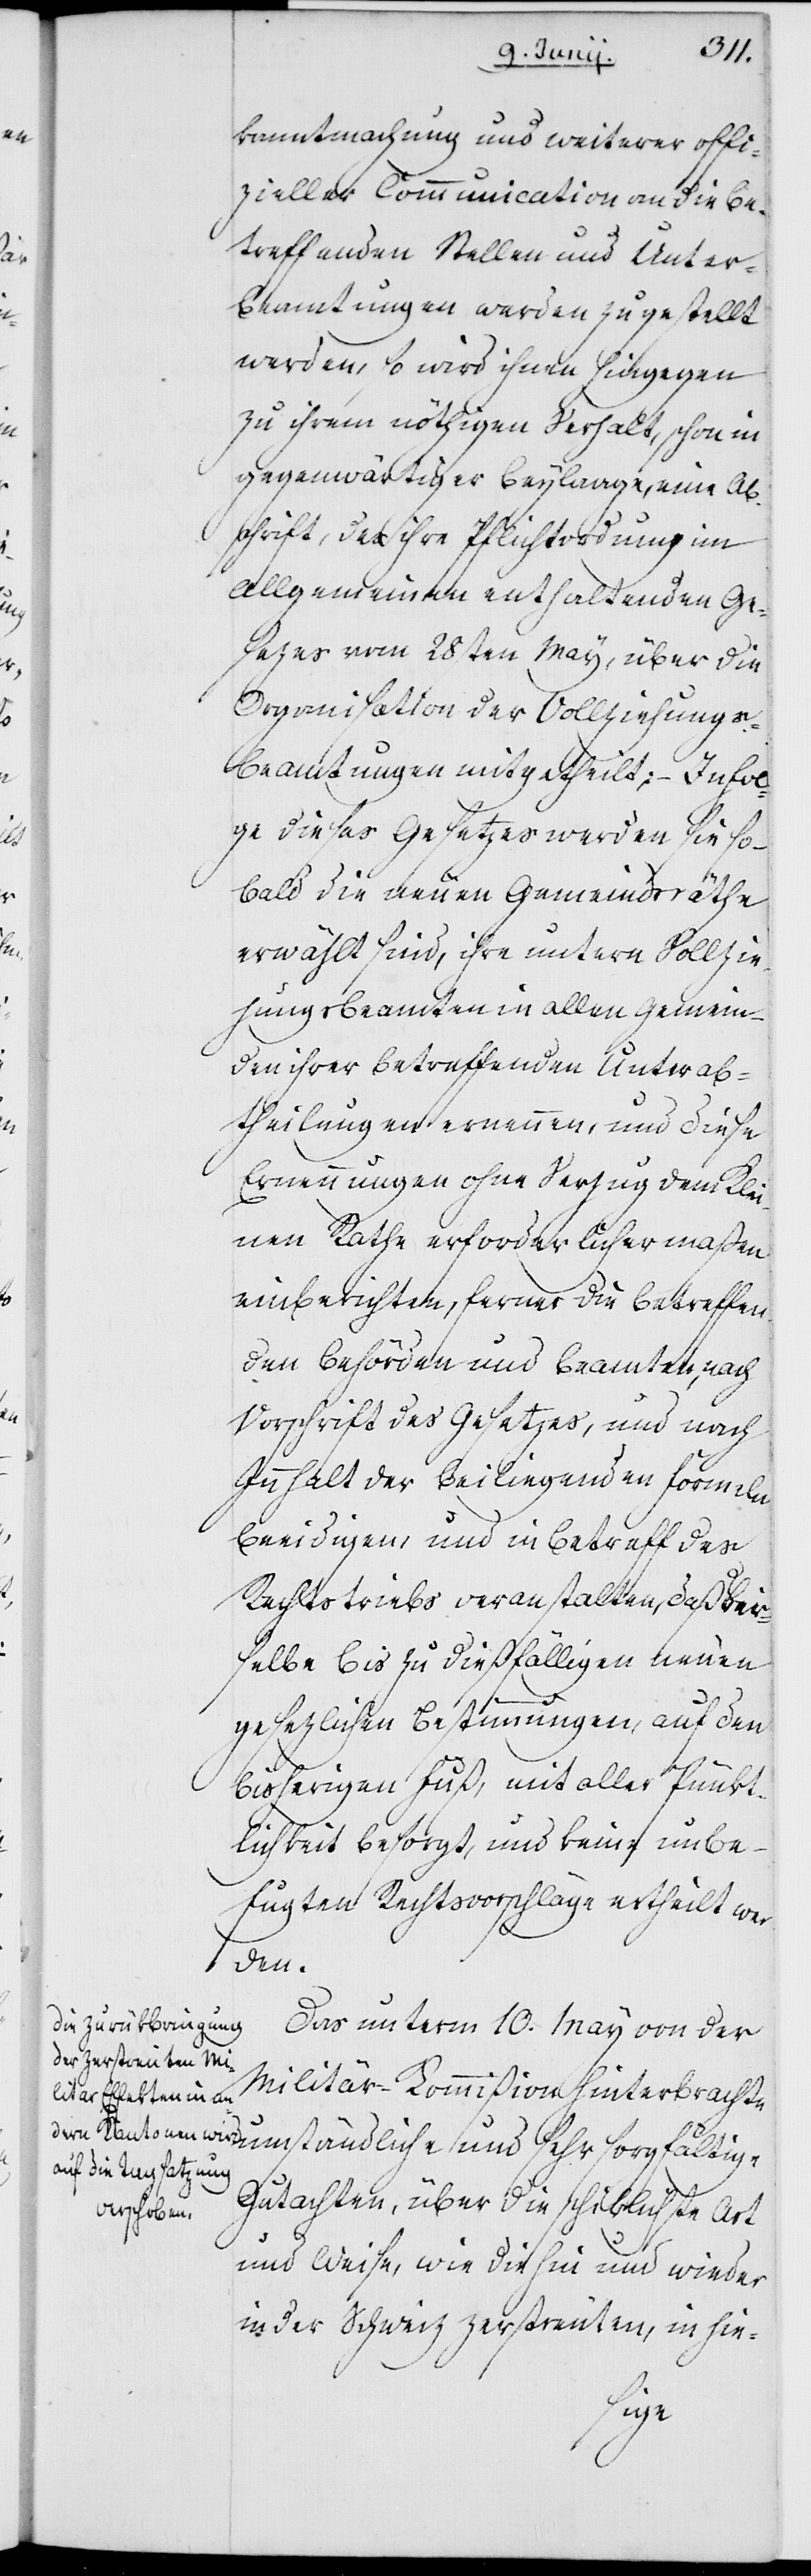
lei¬
kanntmachung und weiterer offi¬
zieller Communication an die be¬
treffenden Stellen und Unter¬
beamtungen werden zugestellt
werden, so wird ihnen hingegen
zu ihrem nöthigen Verhalt schon in
gegenwärtiger Beylage eine Ab¬
schrift, des ihre Pflichtordnung im
Allgemeinen enthaltenden Ge¬
sezes vom 28sten May über die
Organisation der Vollziehungs¬
beamtungen mitgetheilt; – In Fol¬
ge dieses Gesetzes werden sie so¬
bald die neuen Gemeindsräthe
erwählt sind, ihre untern Vollzie¬
hungsbeamten in allen Gemein¬
den ihrer betreffenden Unterab¬
theilungen ernennen, und diese
Ernennungen ohne Verzug dem K¬
nen Rathe erforderlichermaßen
einberichten, ferner die betreffen¬
den Behörden und Beamten, nach
Vorschrift des Gesetzes, und nach
Innhalt der beiliegenden Formeln
beeidigen, und in Betreff des
Rechtstriebs veranstalten, daß der¬
selbe bis zu dießfälligen neuen
gesezlichen Bestimmungen, auf den
bisherigen Fuß, mit aller Pünkt¬
lichkeit besorgt, und keine unbe¬
fugten Rechtsvorschläge ertheilt wer¬
den.
Das unterm 10. May von der
Militär-Kommißion hinterbracht¬
e umständliche und sehr sorgfältige
Gutachten, über die schiklichste Art
und Weise, wie die hin und wieder
in der Schweiz zerstreuten, in hie-